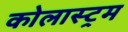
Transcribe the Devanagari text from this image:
कोलास्ट्रम